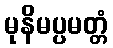
မုနိမပ္ပမတ္တံ